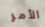
الأمر